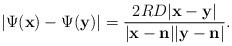
LaTeX: \begin{align*}\left| \Psi (\mathbf x) - \Psi (\mathbf y) \right| = \frac{2RD | \mathbf x - \mathbf y |}{|\mathbf x - \mathbf n | | \mathbf y - \mathbf n |}.\end{align*}